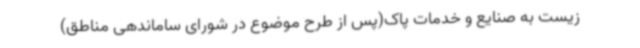
زیست به صنایع و خدمات پاک(پس از طرح موضوع در شورای ساماندهی مناطق)